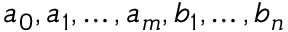
a _ { 0 } , a _ { 1 } , \dots , a _ { m } , b _ { 1 } , \dots , b _ { n }